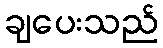
ချပေးသည်